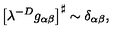
\left[ \lambda ^ { - D } g _ { \alpha \beta } \right] ^ { \sharp } \sim \delta _ { \alpha \beta } ,